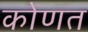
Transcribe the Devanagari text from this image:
कोणत